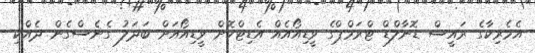
އެމެރިކާގެ ރައީސް ޑޮނާލްޑް ޓްރަމްޕްގެ ވީޑިއޯއެއް އެޑިޓްކޮށް ވީޑިއޯއަށް ބަދަލު ގެނެސްގެން ދެއްކި